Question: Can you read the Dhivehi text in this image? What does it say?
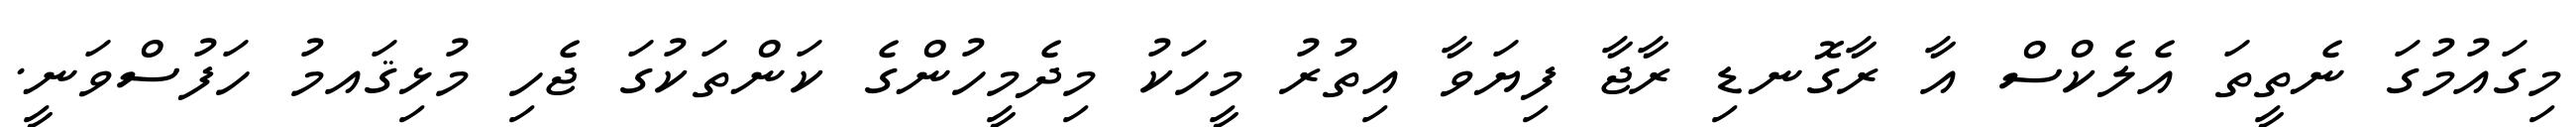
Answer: މިގައުމުގަ ނެތީތަ އެލެކްސް އާ ރާގޮނޑި ރާޖާ ފިޔަވާ އިތުރު މީހަކު މިދެމީހުންގެ ކަންތަކުގަ ޖެހި މުޅިޤައމު ހަފުސްވަނީ.